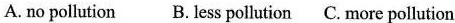
A. no pollution B. Less pollution C. More pollution